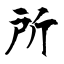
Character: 所